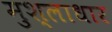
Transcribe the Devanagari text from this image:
मुश्लाधार